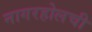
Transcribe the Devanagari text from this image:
नागरहोलची